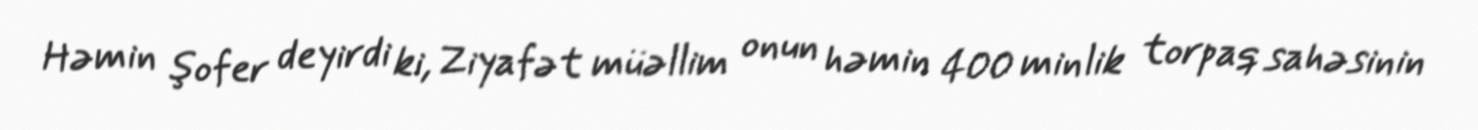
Həmin şofer deyirdi ki, Ziyafət müəllim onun həmin 400 minlik torpaq sahəsinin